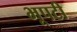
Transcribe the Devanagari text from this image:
भूपटी